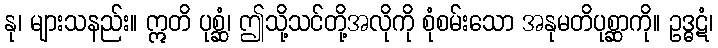
နု၊ များသနည်း။ ဣတိ ပုစ္ဆံ၊ ဤသို့သင်တို့အလိုကို စုံစမ်းသော အနုမတိပုစ္ဆာကို။ ဥဒ္ဓဋံ၊